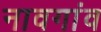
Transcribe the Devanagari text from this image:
नावगांव